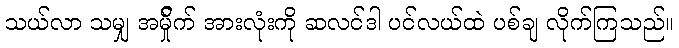
သယ်လာ သမျှ အမ်ှိုက် အားလုံးကို ဆလင်ဒါ ပင်လယ်ထဲ ပစ်ချ လိုက်ကြသည်။